Report on vaccination in Madras 1877-1894 - 1877-1894
Year: 1877
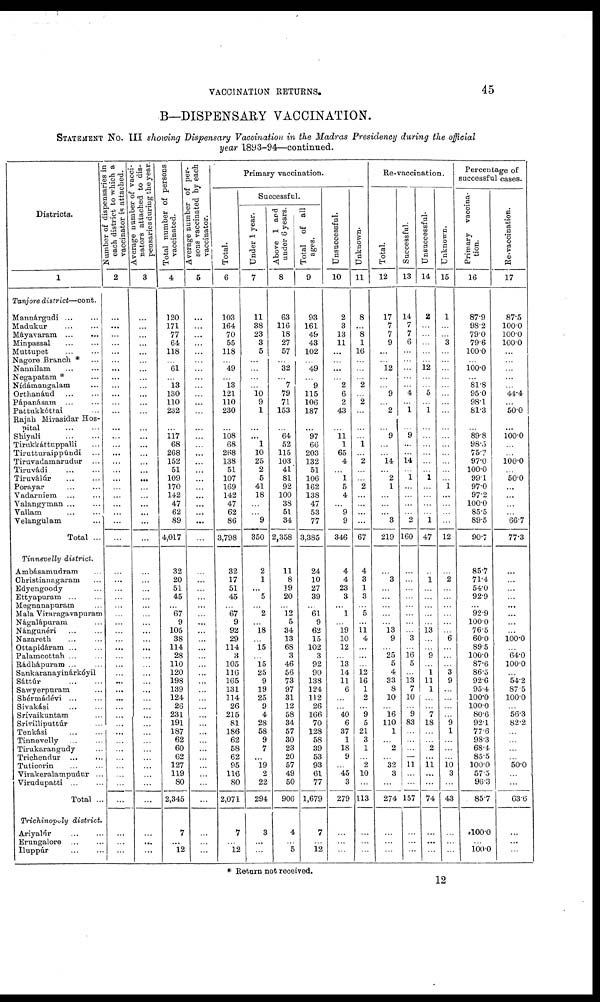
VACCINATION RETURNS.
45
B—DISPENSARY VACCINATION.
STATEMENT NO. III showing Dispensary Vaccination in the Madras Presidency during the official
year 1893-94—continued.
Districts.
1
Tanjore district—cont.
Mannárgudi
...
...
Madukur
...
...
Máyavaram
...
...
Minpassal ... ...
Muttupet ... ...
Nagore Branch * ...
Nannilam
...
...
Negapatam * ...
Nídámangalam ...
Orthanáud
...
...
Pápanásam
...
...
Pattukkóttai ...
Rajah Mivasidar Hos-
pital
...
...
Shiyali ... ...
Tirnkkáttuppalli ...
Tirutturaippúndi ...
Tiruvadamarudur ...
Tiruvádi ... ...
Tiruválúr
...
...
Porayar
...
...
Vadarniem
...
...
Valangyman ... ...
Vallam ... ...
Velangulam ...
Total ...
Tinnevelly district.
Ambásamudram ...
Christianagaram ...
Edyengoody ...
Ettyapuram ... ...
Megnanapuram ...
Mala Viraragavapuram
Nágalápuram
Nángunéri ... ...
Nazareth ... ...
Ottapidáram ... ...
Palamcottah ... ...
Rádhápuram ... ...
Sankaranayinárkóyil
Sáttúr
...
...
Sawyerpuram ...
Shérmádévi
...
...
Sivakási ... ...
Srívaikuntam ...
Srívilliputtúr ...
Tenkási
...
...
Tinnevelly
...
...
Tirukarangudy ...
Trichendur ... ...
Tuticorin
...
...
Virakeralampudur ...
Virudupatti ... ...
Total ...
Trichinopoly district.
Ariyalúr ... ...
Erungalore ... ...
Iluppúr ... ...
Number of dispensaries in
each district to which a
vaccinator is attached.
2
...
...
...
...
...
...
...
...
...
...
...
...
...
...
...
...
...
...
...
...
...
...
...
...
...
...
...
...
...
...
...
...
...
...
...
...
...
...
...
...
...
...
...
...
...
...
...
...
...
...
...
...
...
...
...
Average number of vacci¬
nators attached to dis-
pensaries during the year.
3
...
...
...
...
...
...
...
...
...
...
...
...
...
...
...
...
...
...
...
...
...
...
...
...
...
...
...
...
...
...
...
...
...
...
...
...
...
...
...
...
...
...
...
...
...
...
...
...
...
...
...
...
...
...
...
Total number of persons
vaccinated.
4
120
171
77
64
118
...
61
...
13
130
110
232
...
117
68
268
152
51
109
170
142
47
62
89
4,017
32
20
51
45
...
67
9
105
38
114
28
110
120
198
139
124
26
231
191
187
62
60
62
127
119
80
2,345
7
...
12
Average number of per-
sons vaccinated by each
vaccinator.
5
...
...
...
...
...
...
...
...
...
...
...
...
...
...
...
...
...
...
...
...
...
...
...
...
...
...
...
...
...
...
...
...
...
...
...
...
...
...
...
...
...
...
...
...
...
...
...
...
...
...
...
...
...
...
...
Primary vaccination.
Total.
6
103
164
70
55
118
...
49
...
13
121
110
230
...
108
68
268
138
51
107
169
142
47
62
86
3,798
32
17
51
45
...
67
9
92
29
114
3
105
116
165
131
114
26
215
81
186
62
58
62
95
116
80
2,071
7
...
12
Successful.
Under 1 year.
7
11
38
23
3
5
...
...
...
...
10
9
1
...
...
1
10
25
2
5
41
18
...
...
9
350
2
1
...
5
...
2
...
18
...
15
...
15
25
9
19
25
9
4
28
58
9
7
...
19
2
22
294
3
...
...
Above 1 and
under 6 years.
8
63
116
18
27
57
...
32
...
7
79
71
153
...
64
52
115
103
41
81
92
100
38
51
34
2,358
11
8
19
20
...
12
5
34
13
68
3
46
56
73
97
31
12
58
34
57
30
23
20
57
49
50
906
4
...
5
Total of all
ages.
9
93
161
49
43
102
...
49
...
9
115
106
187
...
97
66
203
132
51
106
162
138
47
53
77
3,385
24
10
27
39
...
61
9
62
15
102
3
92
90
138
124
112
26
166
70
128
58
39
53
93
61
77
1,679
7
...
12
Unsuccessful.
10
2
3
13
11
...
...
...
...
2
6
2
43
...
11
1
65
4
...
1
5
4
...
9
9
346
4
4
23
3
...
1
...
19
10
12
...
13
14
11
6
...
...
40
6
37
1
18
9
...
45
3
279
...
...
...
Unknown.
11
8
...
8
1
16
...
...
...
2
...
2
...
...
...
1
...
2
...
...
2
...
...
...
...
67
4
3
1
3
...
5
...
11 4
...
...
...
12
16
1
2
...
9
5
21
3
1
...
2
10
...
113
...
...
...
Re-vaccination.
Total.
12
17
7
7
9
...
...
12
...
...
9
...
2
...
9
...
...
14
...
2
1
...
...
...
3
219
...
3
...
...
...
...
...
13
9
...
25
5
4
33
8
10
...
16
110
1
...
2
...
32
3
...
274
...
...
...
Successful.
13
14
7
7
6
...
...
...
...
...
4
...
1
...
9
...
...
14
...
1
...
...
...
...
2
160
...
...
...
...
...
...
...
...
3
...
16
5
...
13
7
10
...
9
83
...
...
...
—
11
...
...
157
...
...
...
Unsuccessful.
14
2
...
...
...
...
...
12
...
...
5
...
1
...
...
...
...
...
...
1
...
...
...
...
1
47
...
1
...
...
...
...
...
13
...
...
9
...
1
11
1
...
...
7
18
...
...
2
...
11 ...
...
74
...
...
...
Unknown.
15
1
...
...
3
...
...
...
...
...
...
...
...
...
...
...
...
...
...
...
1
...
...
...
...
12
...
2
...
...
...
...
...
...
6
...
...
...
3
9
...
...
...
...
9
1
...
...
...
10 3
...
43
...
...
...
Percentage of
successful cases.
Primary vaccina-
tion.
16
87.9
98.2
79.0
79.6
100.0
...
100.0
...
81.8
95.0
98.1
81.3
...
89.8
98.0
75.7
97.0
100.0
99.1
97.0
97.2
100.0
85.5
89.5
90.7
85.7
71.4
54.0
92.9
...
92.9
100.0
76.5
60.0
89.5
100.0
87.6
86.5
92.6
95.4
100.0
100.0
80.6
92.1
77.6
98.3
68.4
85.5
100.0
57.5
96.3
85.7
100.0
...
100.0
Re-vaccination.
17
87.5
100.0
100.0
100.0
...
...
...
...
...
44.4
...
50.0
...
100.0
...
...
100.0
...
50.0
...
...
...
...
66.7
77.3
...
...
...
...
...
...
...
...
100.0
...
64.0
100.0
...
54.2
87.5
100.0
...
56.3
82.2
...
...
...
...
50.0
...
...
63.6
...
...
...
* Return not received.
12